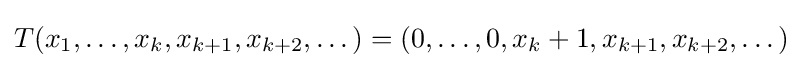
T(x_{1},\dots ,x_{k},x_{k+1},x_{k+2},\dots )=(0,\dots ,0,x_{k}+1,x_{k+1},x_{k+2},\dots )